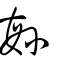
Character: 繁